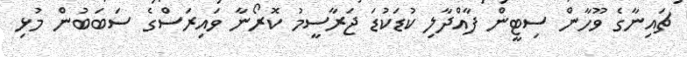
ޗައިނާގެ ވޫހާން ސިޓީން ފާއްދާލި ކުޑަކުޑަ ޖަރާސީމު ކޮރޯނާ ވައިރަސްގެ ސަބަބުން މުޅި